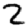
Digit: 2